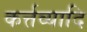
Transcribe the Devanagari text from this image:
कर्त्तव्यादि